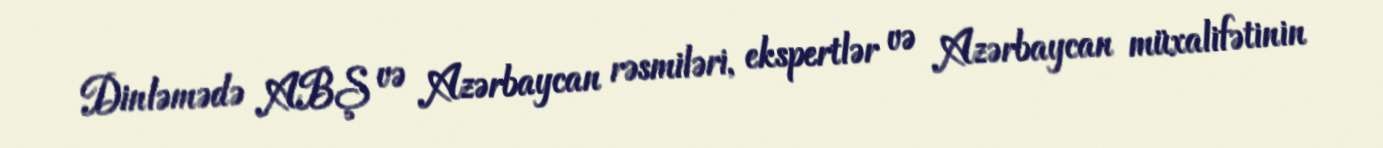
Dinləmədə ABŞ və Azərbaycan rəsmiləri, ekspertlər və Azərbaycan müxalifətinin